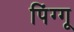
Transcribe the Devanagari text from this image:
पिंग्गू